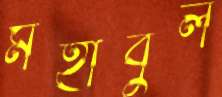
মহীবুল